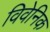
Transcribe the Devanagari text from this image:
विवेनिक